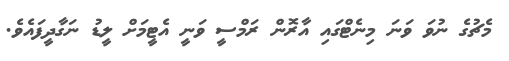
މެޗުގެ ނުވަ ވަނަ މިނެޓްގައި އާރޮން ރަމްސީ ވަނީ އެޓީމަށް ލީޑު ނަގާދީފައެވެ.